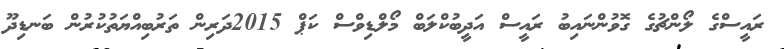
ރައީސްގެ ލޯންޗުގެ ގޮވުންނައިބު ރައީސް އަދީބުކްލަބް މޯލްޑިވްސް ކަޕް 2015ދަރިން ތަރުބިއްޔަތުކުރުން ބަނޑިދޫ